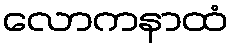
လောကနာထံ